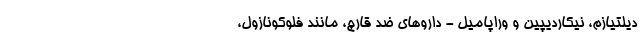
دیلتیازم، نیکاردیپین و وراپامیل - داروهای ضد قارچ، مانند فلوکونازول،